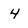
Character: 4